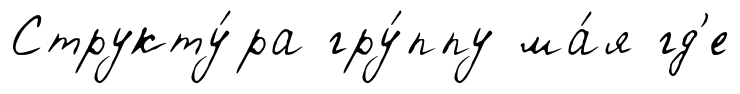
Структу́ра гру́ппу ма́я гд'е